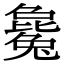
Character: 毚